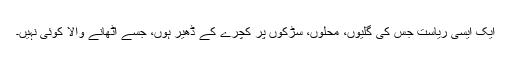
ایک ایسی ریاست جس کی گلیوں، محلوں، سڑکوں پر کچرے کے ڈھیر ہوں، جسے اٹھانے والا کوئی نہیں۔